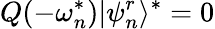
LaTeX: Q(-\omega_{n}^{*})|\psi_{n}^{r}\rangle^{*}=0